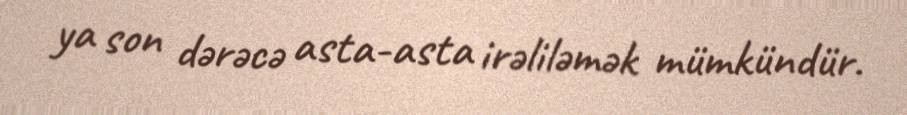
ya son dərəcə asta-asta irəliləmək mümkündür.